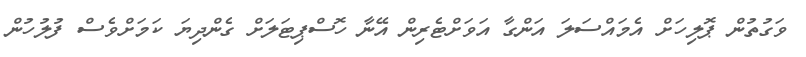
ވަގުތުން ޕޮލިހަށް އެމައްސަލަ އަންގާ އަވަށްޓެރިން އޭނާ ހޮސްޕިޓަލަށް ގެންދިޔަ ކަމަށްވެސް ފުލުހުން